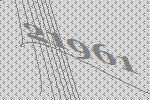
21961